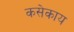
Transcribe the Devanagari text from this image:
कसेकाय